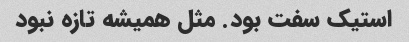
استیک سفت بود. مثل همیشه تازه نبود